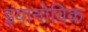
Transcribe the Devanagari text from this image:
इवानोविक